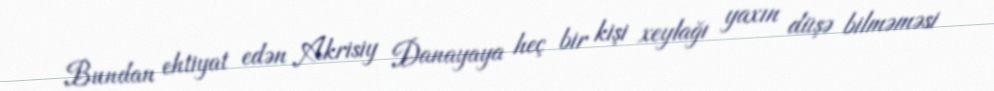
Bundan ehtiyat edən Akrisiy Danayaya heç bir kişi xeylağı yaxın düşə bilməməsi